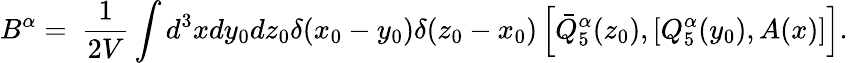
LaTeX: B^{\alpha}=\ \frac{1}{2V}\int d^{3}xdy_{0}dz_{0}\delta(x_{0}-y_{0})\delta(z_{0}-x_{0})\left[\bar{Q}_{5}^{\alpha}(z_{0}),[Q_{5}^{\alpha}(y_{0}),A(x)]\right].